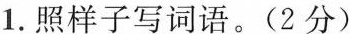
1.照样子写词语。(2分)